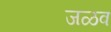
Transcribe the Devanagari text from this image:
जळव